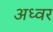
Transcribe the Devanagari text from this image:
अध्वर